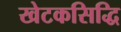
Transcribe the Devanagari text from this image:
खेटकसिद्धि